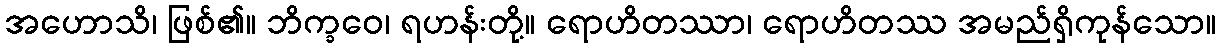
အဟောသိ၊ ဖြစ်၏။ ဘိက္ခဝေ၊ ရဟန်းတို့။ ရောဟိတဿာ၊ ရောဟိတဿ အမည်ရှိကုန်သော။